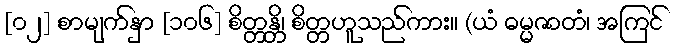
[၀၂] စာမျက်နှာ [၁၀၆] စိတ္တန္တိ၊ စိတ္တဟူသည်ကား။ (ယံ ဓမ္မဇာတံ၊ အကြင်